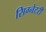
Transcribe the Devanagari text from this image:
सिग्नेटरी